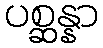
ပစ္ဆန္နာ